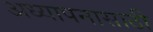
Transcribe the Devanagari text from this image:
अध्यापनासाठी